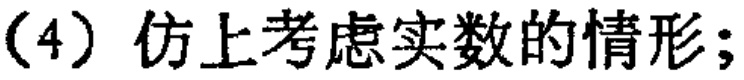
（4）仿上考虑实数的情形；